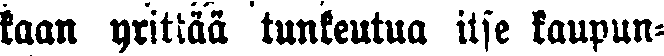
kaan yrittää tunkeutua itse kaupun-